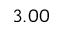
3 . 0 0